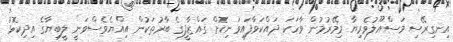
އިނގިރޭސި މަސްއޫލުވެރިޔާ މިމޭރުމުން ވާހަކަ ދައްކަވާފައިވަނިކޮށް ގައްޒާފީގެ ބާރުތަކުން އިއްޔެވެސްވަނީ ލީބިޔާގެ އިދިކޮޅު